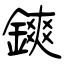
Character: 鏯